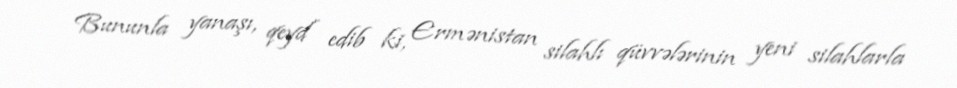
Bununla yanaşı, qeyd edib ki, Ermənistan silahlı qüvvələrinin yeni silahlarla